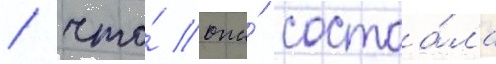
/ что́ она́ состоа́ла